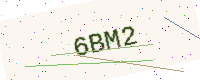
Text: 6BM2